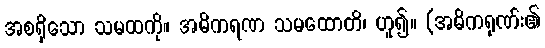
အစရှိသော သမထကို။ အဓိကရဏ သမထောတိ၊ ဟူ၍။ (အဓိကရုဏ်း၏